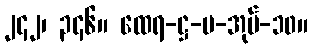
၂၄၂၊ ၃၄၆။ ထေရ-ဋ္ဌ-ပ-အုပ်-၁၀။